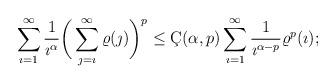
LaTeX: \begin{align*} \sum_{\imath=1}^{\infty}\frac{1}{\imath^\alpha}\bigg(\sum_{\jmath=\imath}^{\infty}\varrho(\jmath)\bigg)^p \leq \c{C}(\alpha,p)\sum_{\imath=1}^{\infty}\frac{1}{\imath^{\alpha-p}} \varrho^p(\imath);\end{align*}